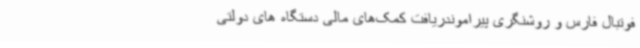
فوتبال فارس و روشنگری پیراموندریافت کمک‌های مالی دستگاه های دولتی